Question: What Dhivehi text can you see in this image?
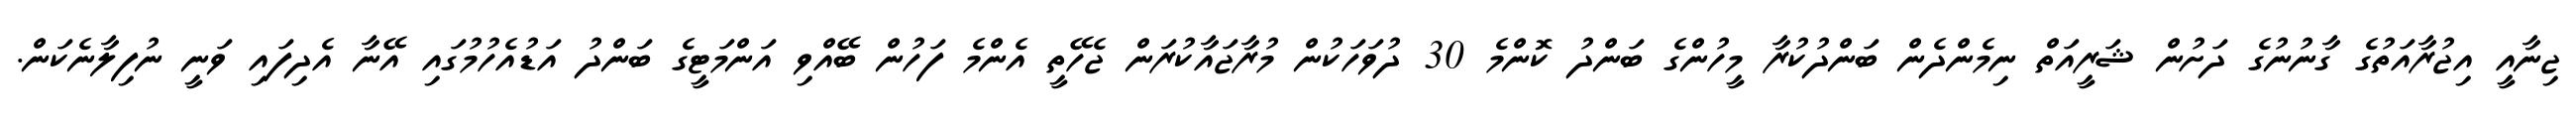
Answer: ޖިނާއީ އިޖުރާއަތުގެ ގާނުނުގެ ދަށުން ޝަރީއަތް ނިމެންދެން ބަންދުކުރާ މީހުންގެ ބަންދު ކޮންމެ 30 ދުވަހަކުން މުރާޖައާކުރަން ޖެހޭތީ އެންމެ ފަހުން ބޭއްވި އަންމަޓީގެ ބަންދު އަޑުއެހުމުގައި އޭނާ އެދިފައި ވަނީ ނުފިލާނެކަން.